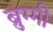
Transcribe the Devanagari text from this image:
ब्रुग्गी